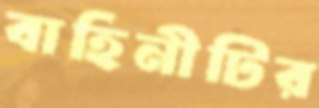
বাহিনীটির